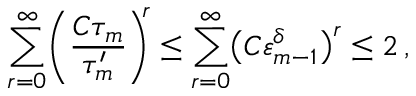
\sum _ { r = 0 } ^ { \infty } \biggl ( \frac { C \tau _ { m } } { \tau _ { m } ^ { \prime } } \biggr ) ^ { \! \! r } \leq \sum _ { r = 0 } ^ { \infty } \bigl ( C \varepsilon _ { m - 1 } ^ { \delta } \bigr ) ^ { r } \leq 2 \, ,